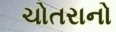
ચોતરાનો